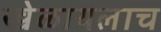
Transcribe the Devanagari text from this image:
खेळायलाच